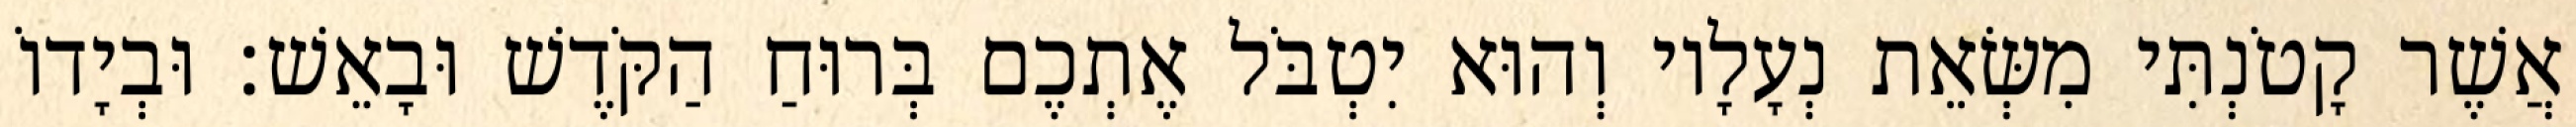
אֲשֶׁר קָטֹנְתִּי מִשְּׂאֵת נְעָלָיו וְהוּא יִטְבֹּל אֶתְכֶם בְּרוּחַ הַקֹּדֶשׁ וּבָאֵשׁ׃ וּבְיָדוֹ